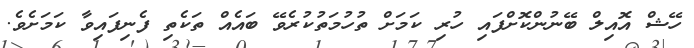
ހޭޝް އޮއިލް ބޭނުންކޮށްފައި ހުރި ކަމަށް ތުހުމަތުކުރެވޭ ބައެއް ތަކެތި ފެނިފައިވާ ކަމަށެވެ.